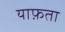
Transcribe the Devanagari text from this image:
याफ़ता